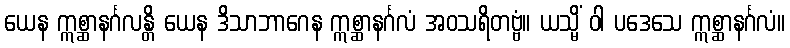
ယေန ဣစ္ဆာနင်္ဂလန္တိ ယေန ဒိသာဘာဂေန ဣစ္ဆာနင်္ဂလံ အဝသရိတဗ္ဗံ။ ယသ္မိံ ဝါ ပဒေသေ ဣစ္ဆာနင်္ဂလံ။